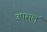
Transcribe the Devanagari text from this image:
उपसलं